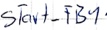
Text: Start_FB1